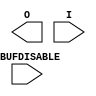

module IBUF_IBUFDISABLE (O, I, IBUFDISABLE);

    parameter IBUF_LOW_PWR = "TRUE";
    parameter IOSTANDARD = "DEFAULT";
    parameter SIM_DEVICE = "7SERIES";
    parameter USE_IBUFDISABLE = "TRUE";
`ifdef XIL_TIMING
    parameter LOC = "UNPLACED";
`endif // `ifdef XIL_TIMING
    
    output O;

    input  I;
    input  IBUFDISABLE;
   
endmodule